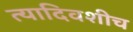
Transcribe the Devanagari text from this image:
त्यादिवशीच